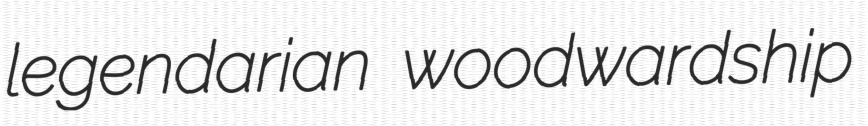
legendarian woodwardship